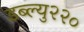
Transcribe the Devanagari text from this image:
डब्ल्यु२२०